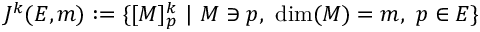
J ^ { k } ( E , m ) : = \{ [ M ] _ { p } ^ { k } ~ | ~ M \ni p , ~ { \mathrm { d i m } } ( M ) = m , ~ p \in E \}